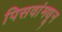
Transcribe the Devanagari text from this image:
पिसवांमधून